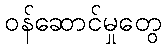
ဝန်ဆောင်မှုတွေ